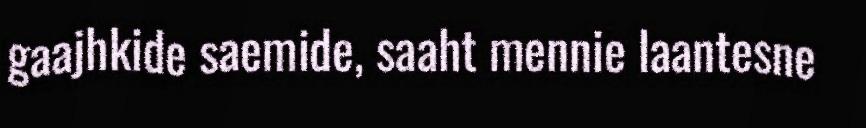
gaajhkide saemide, saaht mennie laantesne